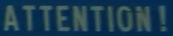
ATTENTION!